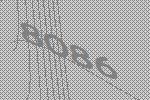
8086